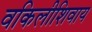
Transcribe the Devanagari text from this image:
वकिलीशिवाय